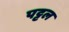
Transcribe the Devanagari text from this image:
पट्टल